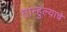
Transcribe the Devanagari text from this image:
तान्हुल्याचे